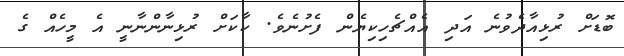
ބޮޑަށް ރުޅިއާދެވުނެ އަދި އެއްޗެހިކިޔެން ފެށުނެވެ. ކާކަށް ރުޅިނާންނާނީ އެ މީހެއް ގެ